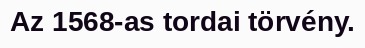
Az 1568-as tordai törvény.